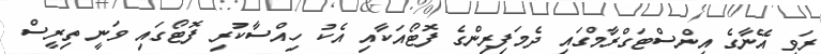
ރަވީ އޭނާގެ އިންސްޓަގްރާމްގައި ދެމަފިރިންގެ ފޮޓޯއަކާއި އެކު ހިއްސާކުރި ފޮޓޯގައި ވަނީ ތިރީސް